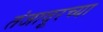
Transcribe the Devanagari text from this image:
तंजावूरच्या